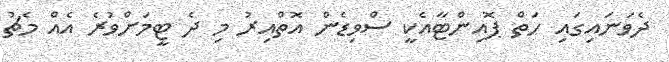
ދެވަނައިގައި ހަތް ޕޮއިންޓާއެކީ ސްވިޑެން އޮތްއިރު މި ދެ ޓީމަށްވުރެ އެއް މެޗު